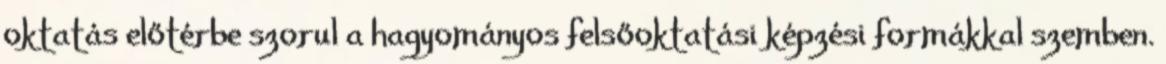
oktatás előtérbe szorul a hagyományos felsőoktatási képzési formákkal szemben.